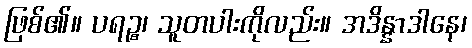
ဖြစ်၏။ ပရဉ္စ၊ သူတပါးကိုလည်း။ အဒိန္နာဒါနေ၊